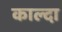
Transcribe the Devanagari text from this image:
काल्दा